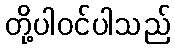
တို့ပါဝင်ပါသည်